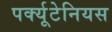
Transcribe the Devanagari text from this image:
पर्क्यूटेनियस